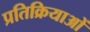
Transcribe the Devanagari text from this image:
प्रतिक्रियाआें